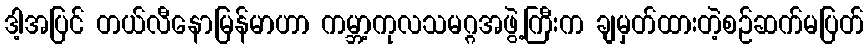
ဒါ့အပြင် တယ်လီနောမြန်မာဟာ ကမ္ဘာ့ကုလသမဂ္ဂအဖွဲ့ကြီးက ချမှတ်ထားတဲ့စဉ်ဆက်မပြတ်